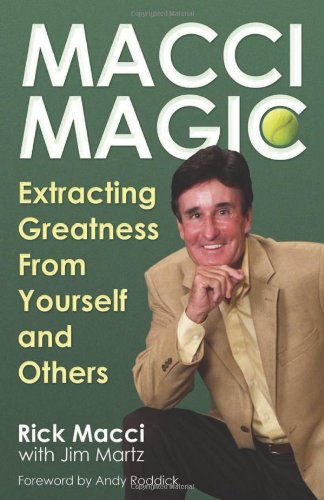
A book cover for Macci Magic: Extracting Greatness From Yourself and Others; Rick Macci; Sports & Outdoors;